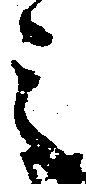
之